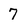
Character: 7